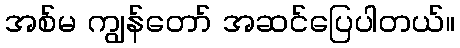
အစ်မ ကျွန်တော် အဆင်ပြေပါတယ်။